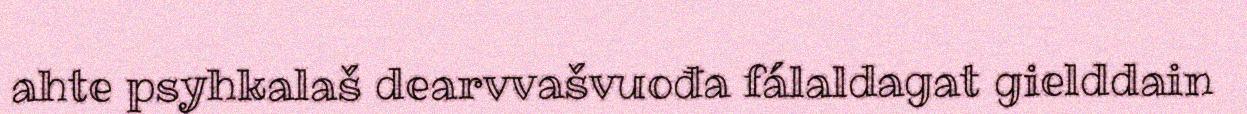
ahte psyhkalaš dearvvašvuođa fálaldagat gielddain